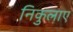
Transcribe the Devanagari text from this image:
निकुलाए